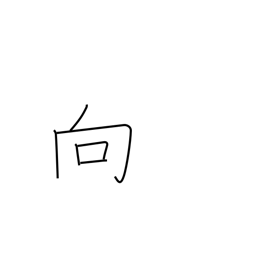
Meaning: approach